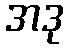
အဒု